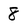
Character: 8